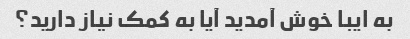
به ایبا خوش آمدید آیا به کمک نیاز دارید؟